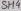
Text: SH4